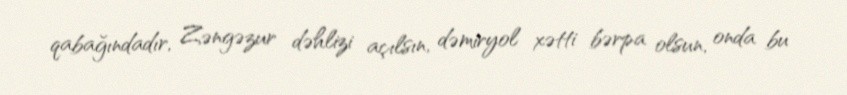
qabağındadır, Zəngəzur dəhlizi açılsın, dəmiryol xətti bərpa olsun, onda bu